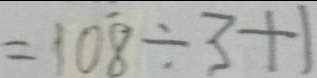
= 1 0 \dot { 8 } \div 3 + 1